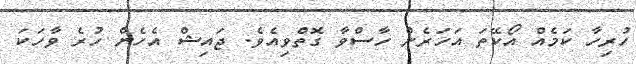
ހުރިހާ ކަމެއް އޯކޭތަ އަހަރެން ހާސްވާ ގޮތްވިއެވެ. ޖައިޝް އެހެން ހުރެ ވާހަކަ